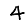
Digit: 4